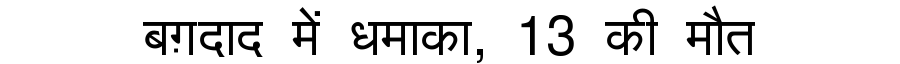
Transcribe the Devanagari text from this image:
बग़दाद में धमाका, 13 की मौत